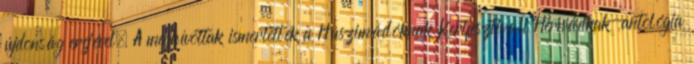
újdonság erejével. A meghívottak ismertették a Húszimádóknak Kertfesztiváli Hernádkak-antológia